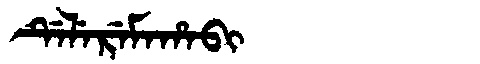
Manchu: ᡩᡝᠯᡝᡵᡝᠮᠠᡥᠠᠪᡳ
Romanization: DELEREMAHABI